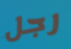
رجل